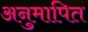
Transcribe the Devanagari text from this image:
अनुमापित